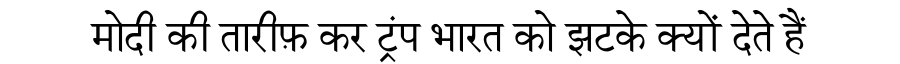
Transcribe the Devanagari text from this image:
मोदी की तारीफ़ कर ट्रंप भारत को झटके क्यों देते हैं